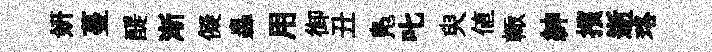
妍蔓醍渐儗轟用御丑鳬叱臾値輙紳擯逝珞